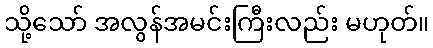
သို့သော် အလွန်အမင်းကြီးလည်း မဟုတ်။